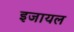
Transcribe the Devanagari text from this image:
इजायल